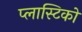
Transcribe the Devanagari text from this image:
प्लास्टिको